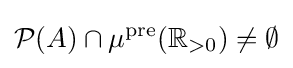
{\cal {P}}(A)\cap \mu ^{\text{pre}}(\mathbb {R} _{>0})\neq \emptyset